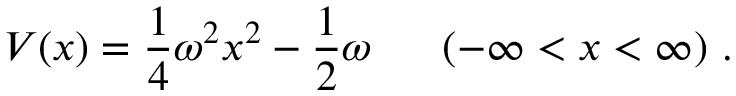
V ( x ) = \frac { 1 } { 4 } \omega ^ { 2 } x ^ { 2 } - \frac { 1 } { 2 } \omega ~ ~ ~ ~ ~ ( - \infty < x < \infty ) ~ .